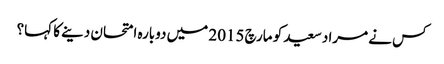
کس نے مراد سعید کو مارچ 2015 میں دوبارہ امتحان دینے کا کہا؟